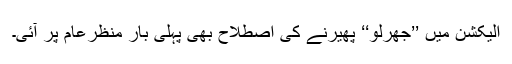
الیکشن میں ’’جھرلو‘‘ پھیرنے کی اصطلاح بھی پہلی بار منظرِعام پر آئی۔